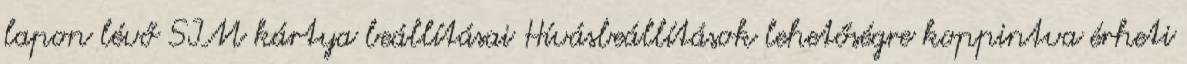
lapon lévő SIM kártya beállításai Hívásbeállítások lehetőségre koppintva érheti